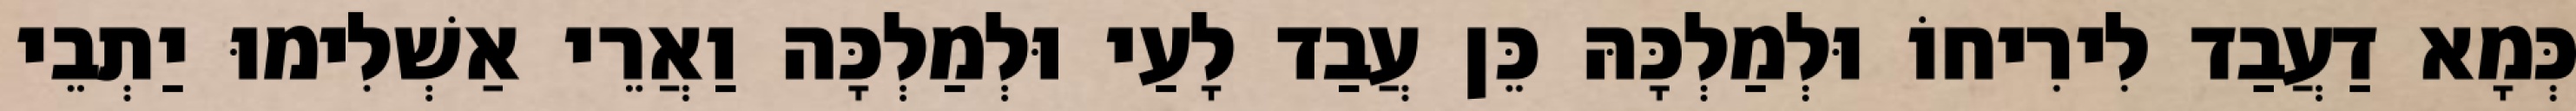
כְּמָא דַעֲבַד לִירִיחוֹ וּלְמַלְכָּהּ כֵּן עֲבַד לָעַי וּלְמַלְכָּה וַאֲרֵי אַשְׁלִימוּ יַתְבֵי